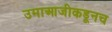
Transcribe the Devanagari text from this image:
उमाआजीकडूनच